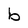
Character: b